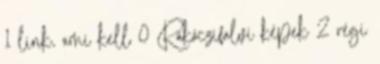
1 link, ami kell 0 Rákóczifalvi képek 2 régi